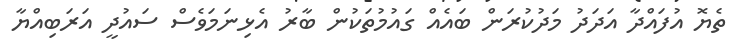
ތެޔޮ އުފައްދާ އަދަދު މަދުކުރަން ބައެއް ގައުމުތަކުން ބާރު އެޅިނަމަވެސް ސައުދީ އަރަބިއްޔާ